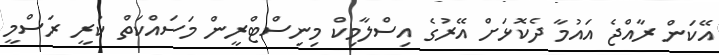
އޭކަން ރާއްޖެ އައުމާ ދެކޮޅަށް އޭރުގެ އިސްލާމިކް މިނިސްޓްރީން މަސައްކަތް ކުރީ ރަސްމީ